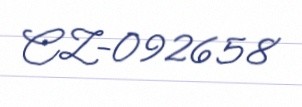
CZ-092658